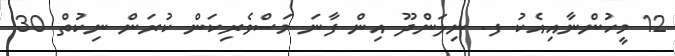
12 މީހުންނާއިއެކު ފ. ނިލަންދޫ އިން ފާނަ މަސްވެރިކަން ކުރަން ނިކުތް 30